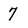
Character: 7